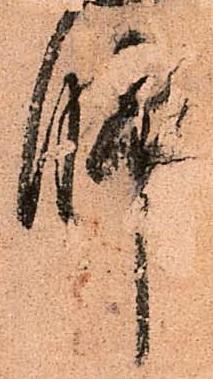
脚